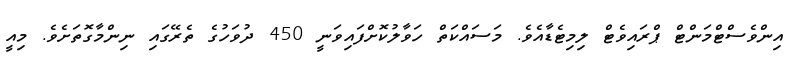
އިންވެސްޓްމަންޓް ޕްރައިވެޓް ލިމިޓެޑާއެވެ. މަސައްކަތް ހަވާލުކޮށްފައިވަނީ 450 ދުވަހުގެ ތެރޭގައި ނިންމާގޮތަށެވެ. މިއީ